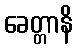
ခေတ္တာနိ